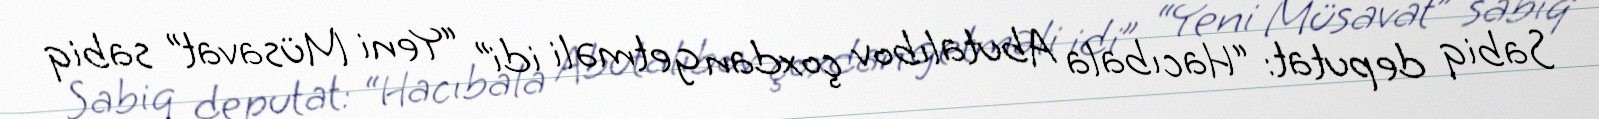
Sabiq deputat: “Hacıbala Abutalıbov çoxdan getməli idi” “Yeni Müsavat” sabiq